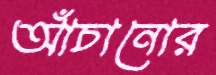
আঁচানোর